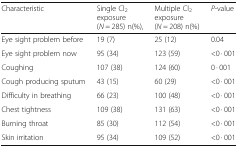
<table><thead><tr><td><b>Characteristic</b></td><td><b>Single Cl<sub>2</sub> exposure(<i>N</i> = 285) n(%),</b></td><td><b>Multiple Cl<sub>2</sub> exposure(<i>N</i> = 208) n(%)</b></td><td><b><i>P</i>-value</b></td></tr></thead><tbody><tr><td>Eye sight problem before</td><td>19 (7)</td><td>25 (12)</td><td>0.04</td></tr><tr><td>Eye sight problem now</td><td>95 (34)</td><td>123 (59)</td><td>&lt;0 · 001</td></tr><tr><td>Coughing</td><td>107 (38)</td><td>124 (60)</td><td>0 · 001</td></tr><tr><td>Cough producing sputum</td><td>43 (15)</td><td>60 (29)</td><td>&lt;0 · 001</td></tr><tr><td>Difficulty in breathing</td><td>66 (23)</td><td>100 (48)</td><td>&lt;0 · 001</td></tr><tr><td>Chest tightness</td><td>109 (38)</td><td>131 (63)</td><td>&lt;0 · 001</td></tr><tr><td>Burning throat</td><td>85 (30)</td><td>112 (54)</td><td>&lt;0 · 001</td></tr><tr><td>Skin irritation</td><td>95 (34)</td><td>109 (52)</td><td>&lt;0 · 001</td></tr></tbody></table>